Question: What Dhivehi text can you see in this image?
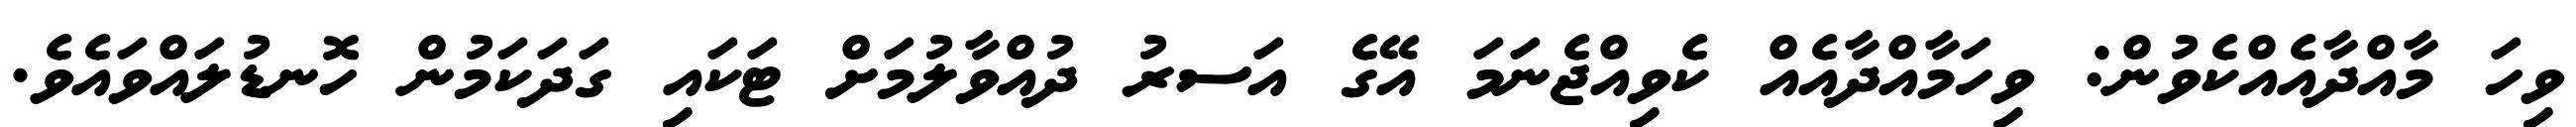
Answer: ވިހަ މާއްދާއެއްކެވުން: ވިހަމާއްދާއެއް ކެވިއްޖެނަމަ އޭގެ އަސރު ދުއްވާލުމަށް ޓަކައި ގަދަކަމުން ހޮނޑުލައްވައެވެ.